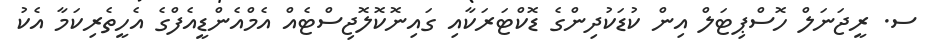
ސ. ރީޖަނަލް ހޮސްޕިޓަލް އިން ކުޑަކުދިންގެ ޑޮކްޓަރަކާއި ގައިނޮކޮލޮޖިސްޓެއް އެމްއެންޑީއެފްގެ އެހީތެރިކަމާ އެކު